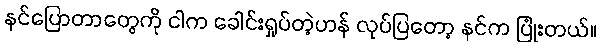
နင်ပြောတာတွေကို ငါက ခေါင်းရှုပ်တဲ့ဟန် လုပ်ပြတော့ နင်က ပြုံးတယ်။